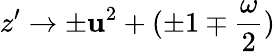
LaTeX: z^{\prime}\to\pm\mathbf{u}^{2}+(\pm1\mp\frac{{\omega}}{{2}})